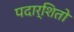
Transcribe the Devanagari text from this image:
पदार्शितो